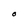
Character: O